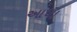
આધા